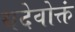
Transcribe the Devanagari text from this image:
यदेवोक्तं